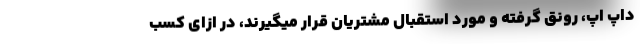
داپ اَپ، رونق گرفته و مورد استقبال مشتریان قرار میگیرند، در ازای کسب